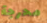
محرجة